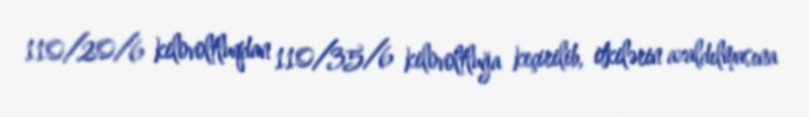
110/20/6 kilovoltluqdan 110/35/6 kilovoltluğa keçirilib, itkilərin azaldılmasına